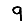
Digit: 9